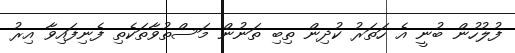
ފުލުހުން ބުނީ އެ ހަތަރު ކުދިން ތިބި ތަނުން މަސްތުވާތަކެތި ފެނިފައިވާ އިރު